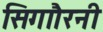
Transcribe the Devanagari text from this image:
सिगाौरनी